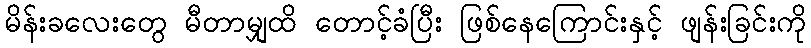
မိန်းခလေးတွေ မီတာမျှထိ တောင့်ခံပြီး ဖြစ်နေကြောင်းနှင့် ဖျန်းခြင်းကို